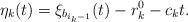
LaTeX: \begin{align*}\eta_k(t)=\xi_{b_{i_k-1}}(t)-r^0_k-c_kt.\end{align*}